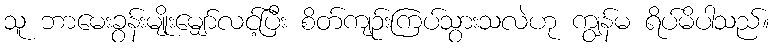
သူ ဘာမေးခွန်းမျိုးမျှော်လင့်ပြီး စိတ်ကျဉ်းကြပ်သွားသလဲဟု ကျွန်မ ရိပ်မိပါသည်။